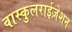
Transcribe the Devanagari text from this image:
वास्कुलराईज़ेशन